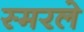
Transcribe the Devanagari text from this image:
स्मरले